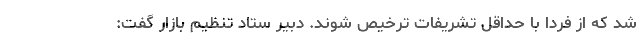
شد که از فردا با حداقل تشریفات ترخیص شوند. دبیر ستاد تنظیم بازار گفت: